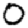
Digit: 0